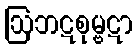
ဩဘဋစုမ္ဗဋာ